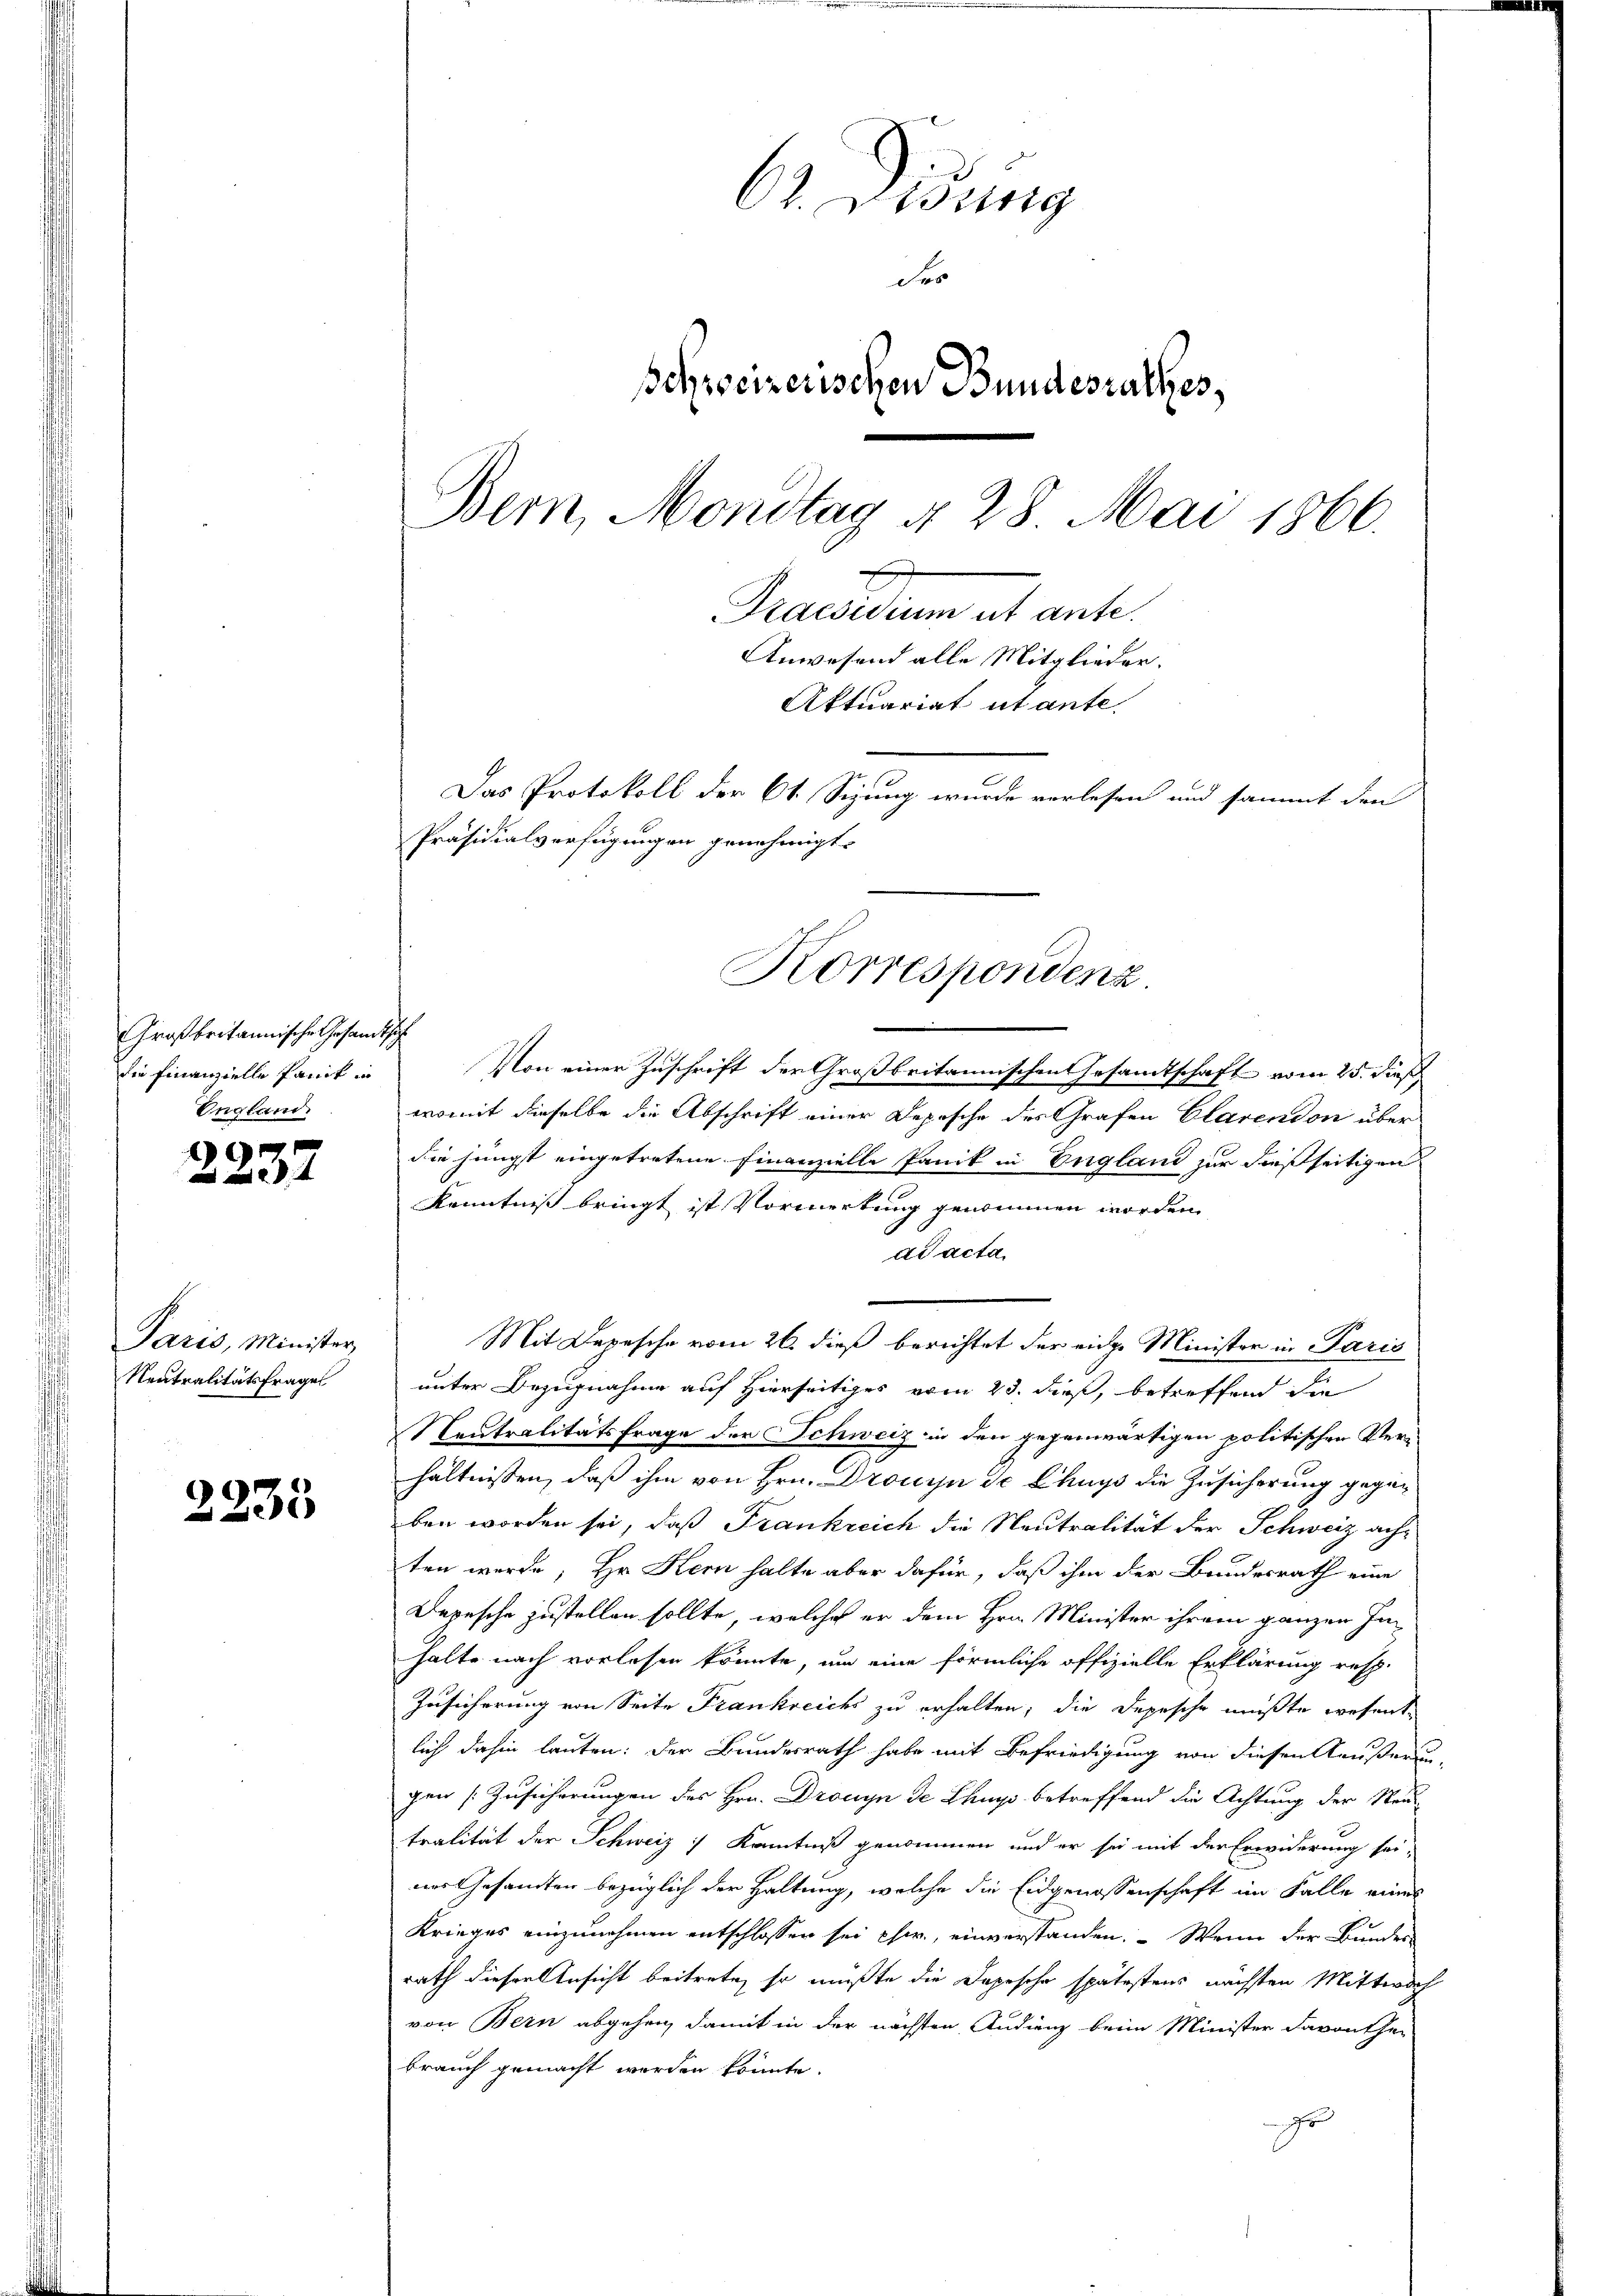
Großbritannische Gesandtsch
die Finanzielle Panik in
England.

)

Paris, Minister,
Neutralitätsfragel

2233

C. Essig
des
schweizerischen Bundesrathes,
Bern, Mondtag § 28 Mai 1866.
Praesidium ut ante.
Anwesend alle Mitglieder.
Aktuariat utante
Das Protokoll der 61. Sizung wurde verlesen und sammt den
Präsidialverfügungen genehmigt.

Von einer Zuschrift der Großbritannischen Gesandtschaft vom 25. dieß
womit dieselbe die Abschrift einer Depesche des Grafen Clarendon über
die jüngst eingetretene Finanzielle Panik in England zur dießseitigen
Kenntniß bringt ist Vormerkung genommen worden
ad acta.
Mit Depesche vom 26. dieß berichtet der einge Minister in Paris
unter Bezugnahme auf Hierseitiges vom 23. dieß, betreffend die
Neutralitätsfrage der Schweiz in den gegenwärtigen politischen Ver-
hältnissen, daß ihm von Hrn. Drouyn de Chuys die Zusicherung gegen
ben worden sei, daß Frankreich die Neutralität der Schweiz achten werde; Hr. Kern halte aber dafür, daß ihm der Bundesrath eine
Depesche zustellen sollte, welche er dem Hrn. Minister ihrem ganzen Inhalte nach vorlesen könnte, um eine förmliche offizielle Erklärung resp.
Zusicherung von Seite Frankreichs zu erhalten; die Depesche müßte wesentlich dahin lauten: der Bundesrath habe mit Befriedigung von diesen außerungen Zusicherungen des Hrn. Dronyn de Chuys betreffend die Achtung der Neu
tralität der Schweiz ) Kenntniß genommen und er sei mit der Erwiderung sei,
nes Gesandten bezüglich der Haltung, welche die Eidgenossenschaft im Falle eines
Krieges einzunehmen entschlossen sei ehw., einverstanden. Wenn der Bundes
rath dieser Ansicht beitrete, so müßte die Depesche spätestens nächsten Mittwoch
von Bern abgehen, damit in der nächsten Audienz beim Minister davonther
brauch gemacht werden könnte.
r

Korrespondenz